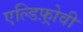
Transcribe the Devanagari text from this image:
एल्डिफ़्रोवी